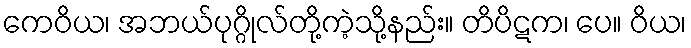
ကေဝိယ၊ အဘယ်ပုဂ္ဂိုလ်တို့ကဲ့သို့နည်း။ တိပိဋက၊ ပေ။ ဝိယ၊